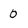
Character: 0